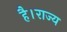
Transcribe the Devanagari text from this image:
है।राज्य